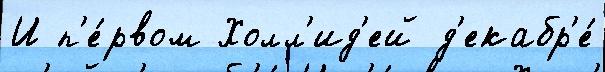
И п'е́рвом Холл'ид'ей д'екабр'е́